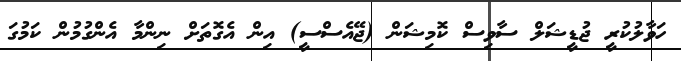
ހަވާލުކުރީ ޖުޑީޝަލް ސާވިސް ކޮމިޝަން (ޖޭއެސްސީ) އިން އެގޮތަށް ނިންމާ އެންގުމުން ކަމުގަ